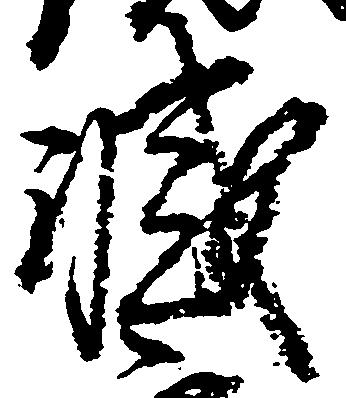
滅